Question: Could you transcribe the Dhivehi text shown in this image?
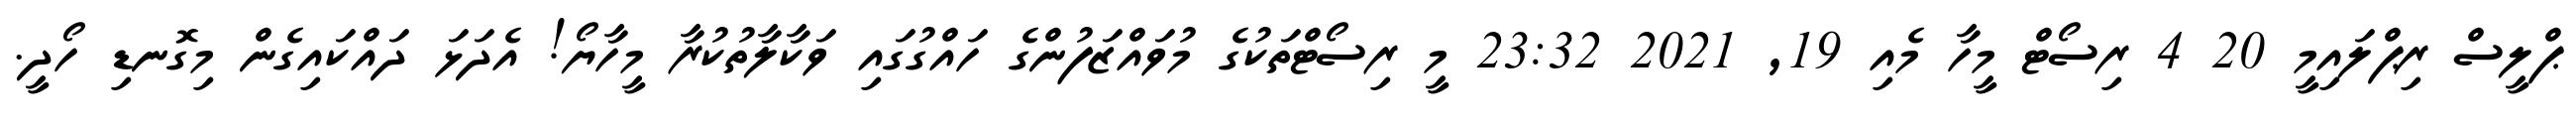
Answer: ޕްލީސް ރިޕްލައިމީ 20 4 ރިސޯޓް މީހާ މެއި 19, 2021 23:32 މީ ރިސޯޓްތަކުގެ މުވައްޒަފުންގެ ހައްގުގައި ވަކާލާތުކުރާ މީހާޔޯ! އެދަޅަ ދައްކައިގެން މިގޮނޑި ހޯދީ.